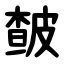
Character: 皶